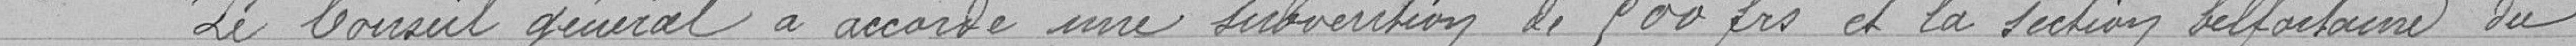
" Le Conseil général a accordé une subvention de 500 francs et la section belfortaine du